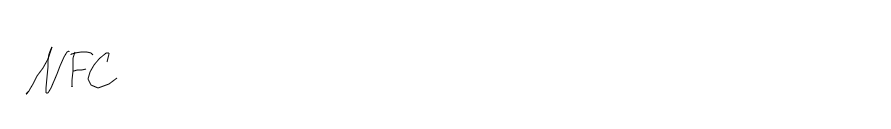
NFC